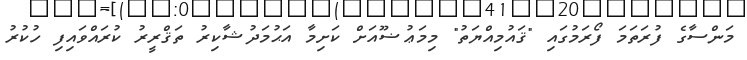
މަންސާގެ ފުރަތަމަ ފޯރަމުގައި "ޤައުމިއްޔަތު" މިމަޢުޟޫއަށް ކަށިމާ އަޙުމަދުޝާކިރު ތަޤްރީރު ކުރައްވައިފި ހުކުރު